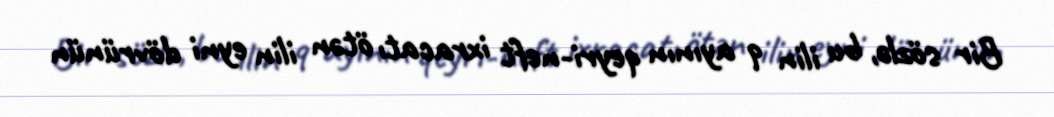
Bir sözlə, bu ilin 9 ayının qeyri-neft ixracatı ötən ilin eyni dövrünün